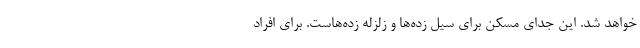
خواهد شد‌. این جدای مسکن برای سیل زده‌ها و زلزله زده‌هاست. برای افراد